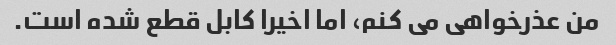
من عذرخواهی می کنم، اما اخیرا کابل قطع شده است.